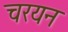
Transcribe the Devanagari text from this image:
चरयन